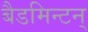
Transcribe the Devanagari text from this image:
बैडमिन्टन्